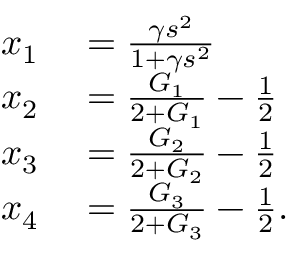
\begin{array} { r l } { x _ { 1 } } & { { } = \frac { \gamma s ^ { 2 } } { 1 + \gamma s ^ { 2 } } } \\ { x _ { 2 } } & { { } = \frac { G _ { 1 } } { 2 + G _ { 1 } } - \frac { 1 } { 2 } } \\ { x _ { 3 } } & { { } = \frac { G _ { 2 } } { 2 + G _ { 2 } } - \frac { 1 } { 2 } } \\ { x _ { 4 } } & { { } = \frac { G _ { 3 } } { 2 + G _ { 3 } } - \frac { 1 } { 2 } . } \end{array}